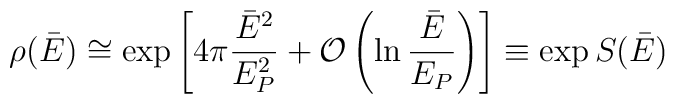
\rho(\bar E) \cong  \exp\left[ 4\pi {\bar E^2\over E^2_P} + {\cal O} \left( \ln {\bar E\over E_P} \right) \right] \equiv \exp S(\bar E)